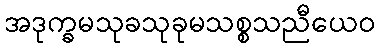
အဒုက္ခမသုခသုခုမသစ္စသညီယေဝ